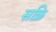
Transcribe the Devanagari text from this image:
सक्रि